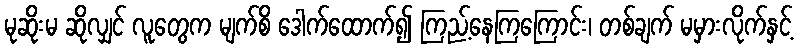
မုဆိုးမ ဆိုလျှင် လူတွေက မျက်စိ ဒေါက်ထောက်၍ ကြည့်နေကြကြောင်း၊ တစ်ချက် မမှားလိုက်နှင့်